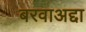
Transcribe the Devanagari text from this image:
बरवाअद्दा